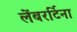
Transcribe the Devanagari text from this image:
लेंबरर्टिना